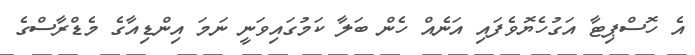
އެ ހޮސްޕިޓާ އަގުހެޔޮވެފައި އަނެެއް ހެން ބަލާ ކަމުގައިވަނީ ނަމަ އިންޑިއާގެ މެޑްރާސްގެ